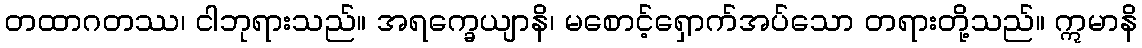
တထာဂတဿ၊ ငါဘုရားသည်။ အရက္ခေယျာနိ၊ မစောင့်ရှောက်အပ်သော တရားတို့သည်။ ဣမာနိ